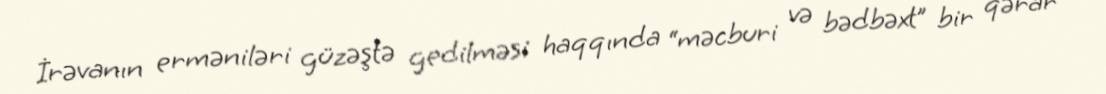
İrəvanın erməniləri güzəştə gedilməsi haqqında “məcburi və bədbəxt” bir qərar